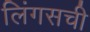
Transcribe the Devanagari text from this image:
लिंगसची